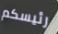
رئيسكم